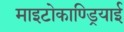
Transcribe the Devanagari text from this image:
माइटोकाण्ड्रियाई